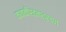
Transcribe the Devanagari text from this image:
कथाकीर्तनश्रवण